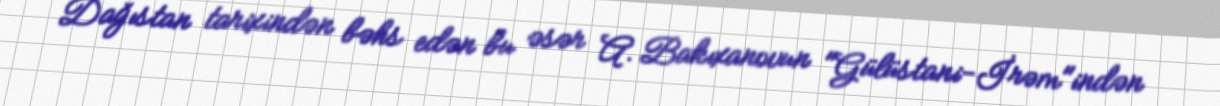
Dağıstan tarixindən bəhs edən bu əsər A. Bakıxanovun "Gülüstani-İrəm"indən